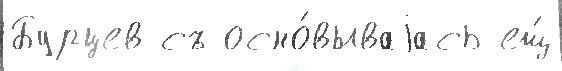
Бурцев съ осно́вываjась ещ́